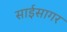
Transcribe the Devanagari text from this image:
साईसागर